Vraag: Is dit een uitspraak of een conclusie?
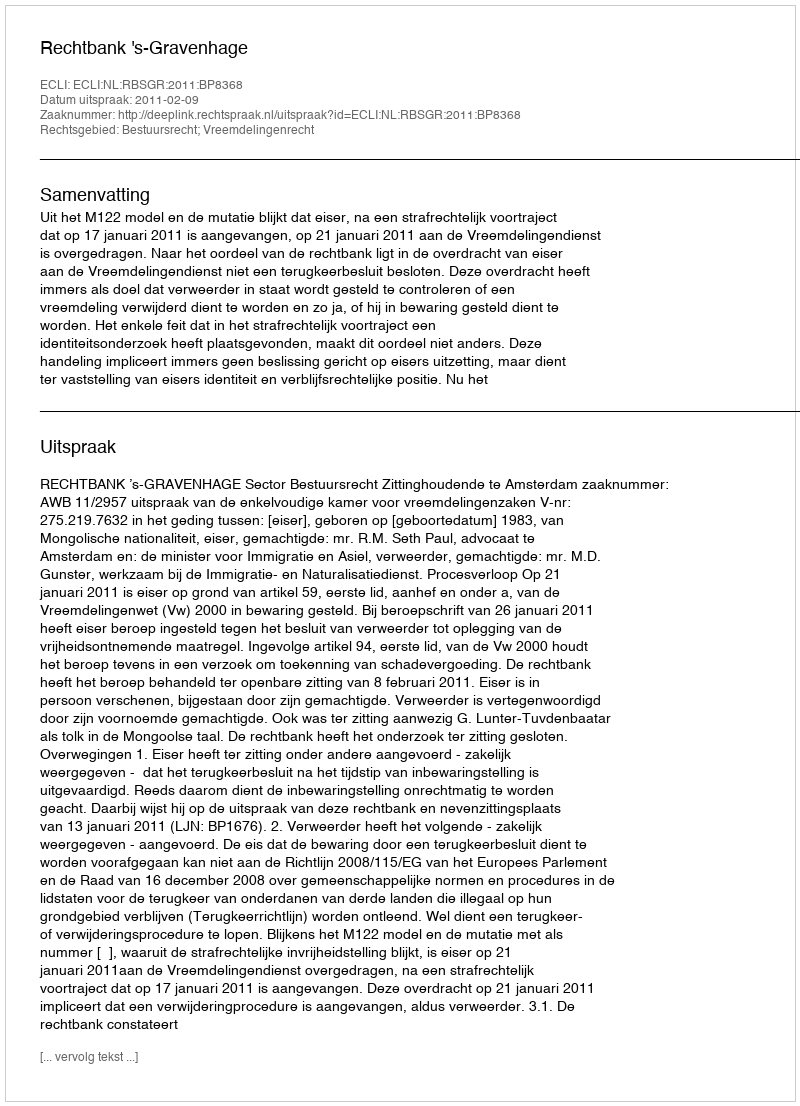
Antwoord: Uitspraak